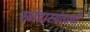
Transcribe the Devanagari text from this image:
स्त्रीदास्यंताची